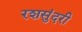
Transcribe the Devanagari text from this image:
रशसुंदरी